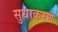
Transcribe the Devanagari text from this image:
सुधाकरण